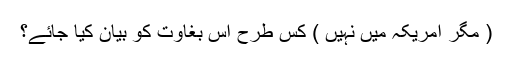
( مگر امریکہ میں نہیں ) کس طرح اس بغاوت کو بیان کیا جائے؟